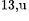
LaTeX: ^\textrm{\scriptsize 13,u}